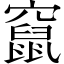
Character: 竄